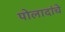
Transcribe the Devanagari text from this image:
पोलादांचे